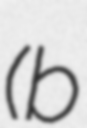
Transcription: (b